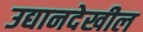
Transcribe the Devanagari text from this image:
उद्यानदेखील